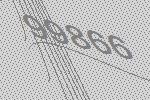
99866